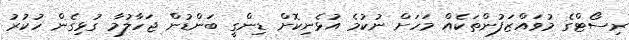
ރިސޯޓްގެ މުވައްޒަފުންތަކެއް މަހަށް ނުކުމެ އުޅެނިކޮށް ޑިންގީ ބަންޑުން ޖަހާލުމާ ގުޅިގެން ހުކުރު